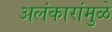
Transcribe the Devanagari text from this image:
अलंकारांमुळे